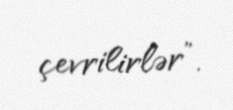
çevrilirlər”.